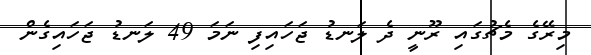
މިރޭގެ މެޗުގައި ރޫނީ ދެ ލަނޑު ޖަހައިިފި ނަމަ 49 ލަނޑު ޖަހައިގެން